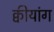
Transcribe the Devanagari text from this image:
क्वीयांग